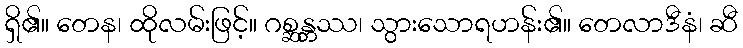
ရှိ၏။ တေန၊ ထိုလမ်းဖြင့်။ ဂစ္ဆန္တဿ၊ သွားသောရဟန်း၏။ တေလာဒီနံ၊ ဆီ